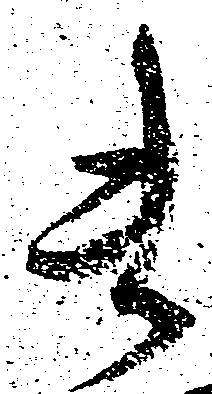
ま